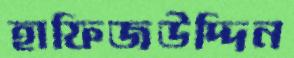
হাফিজউদ্দিন